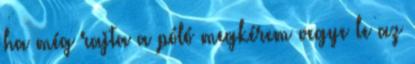
ha még rajta a póló megkérem vegye le az